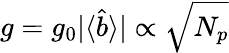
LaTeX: g=g_{0}|\langle\hat{b}\rangle|\propto\sqrt{N_{p}}